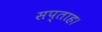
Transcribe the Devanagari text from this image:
सप्ताह।